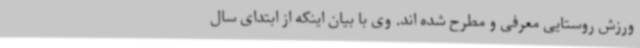
ورزش روستایی معرفی و مطرح شده اند. وی با بیان اینکه از ابتدای سال